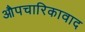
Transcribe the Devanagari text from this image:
औपचारिकावाद